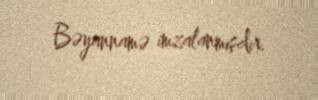
Bəyannamə imzalanmışdır.